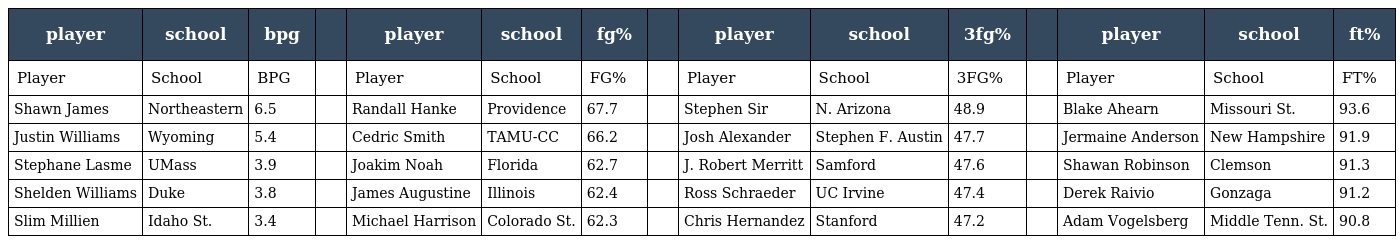
| player | school | bpg |  | player | school | fg% |  | player | school | 3fg% |  | player | school | ft% |
 | --- | --- | --- | --- | --- | --- | --- | --- | --- | --- | --- | --- | --- | --- | --- |
 | Player | School | BPG |  | Player | School | FG% |  | Player | School | 3FG% |  | Player | School | FT% |
 | Shawn James | Northeastern | 6.5 |  | Randall Hanke | Providence | 67.7 |  | Stephen Sir | N. Arizona | 48.9 |  | Blake Ahearn | Missouri St. | 93.6 |
 | Justin Williams | Wyoming | 5.4 |  | Cedric Smith | TAMU-CC | 66.2 |  | Josh Alexander | Stephen F. Austin | 47.7 |  | Jermaine Anderson | New Hampshire | 91.9 |
 | Stephane Lasme | UMass | 3.9 |  | Joakim Noah | Florida | 62.7 |  | J. Robert Merritt | Samford | 47.6 |  | Shawan Robinson | Clemson | 91.3 |
 | Shelden Williams | Duke | 3.8 |  | James Augustine | Illinois | 62.4 |  | Ross Schraeder | UC Irvine | 47.4 |  | Derek Raivio | Gonzaga | 91.2 |
 | Slim Millien | Idaho St. | 3.4 |  | Michael Harrison | Colorado St. | 62.3 |  | Chris Hernandez | Stanford | 47.2 |  | Adam Vogelsberg | Middle Tenn. St. | 90.8 |